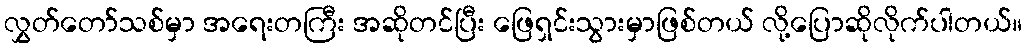
လွှတ်တော်သစ်မှာ အရေးတကြီး အဆိုတင်ပြီး ဖြေရှင်းသွားမှာဖြစ်တယ် လို့ပြောဆိုလိုက်ပါတယ်။